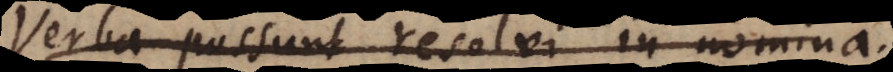
Verba possunt resolvi in nomina.